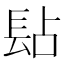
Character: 𨱬